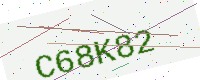
Text: C68K82